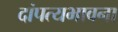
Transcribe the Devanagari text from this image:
दांपत्यभावना